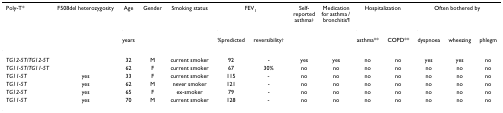
| Poly-T* | F508del heterozygosity | Age | Gender | Smoking status | <COLSPAN=2> FEV1 | Self-reported asthma‡ | Medication for asthma / bronchitis¶ | <COLSPAN=2> Hospitalization | <COLSPAN=3> Often bothered by |
 |  |  | years |  |  | %predicted | reversibility† |  |  | asthma** | COPD** | dyspnoea | wheezing | phlegm |
 | --- | --- | --- | --- | --- | --- | --- | --- | --- | --- | --- | --- | --- | --- |
 | TG12-5T/TG12-5T |  | 32 | M | current smoker | 92 | - | yes | yes | no | no | yes | yes | no |
 | TG11-5T/TG11-5T |  | 62 | F | current smoker | 67 | 30% | no | no | no | no | no | no | no |
 | TG11-5T | yes | 33 | F | current smoker | 115 | - | no | no | no | no | no | no | no |
 | TG11-5T | yes | 62 | M | never smoker | 121 | - | no | no | no | no | no | no | no |
 | TG12-5T | yes | 65 | F | ex-smoker | 79 | - | no | no | no | no | no | no | no |
 | TG11-5T | yes | 70 | M | current smoker | 128 | - | no | no | no | no | no | no | no |